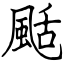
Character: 颳